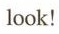
look!